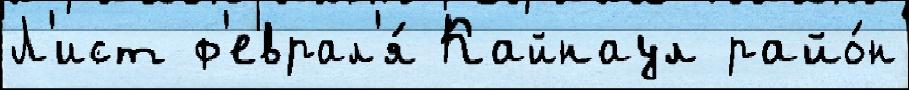
Л'ист ф'еврал'я́ Кайнаул райо́н